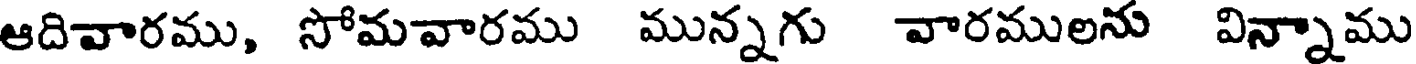
ఆదివారము, సోమవారము మున్నగు వారములను విన్నాము